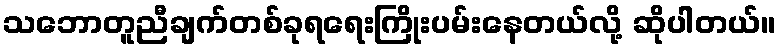
သဘောတူညီချက်တစ်ခုရရေးကြိုးပမ်းနေတယ်လို့ ဆိုပါတယ်။